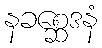
နခစ္ဆေဒနံ